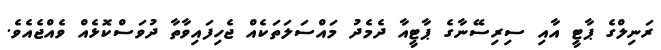
ރަނިލްގެ ޕާޓީ އާއި ސިރިސޭނާގެ ޕާޓީއާ ދެމެދު މައްސަލަތަކެއް ޖެހިފައިވާތާ ދުވަސްކޮޅެއް ވެއްޖެއެވެ.